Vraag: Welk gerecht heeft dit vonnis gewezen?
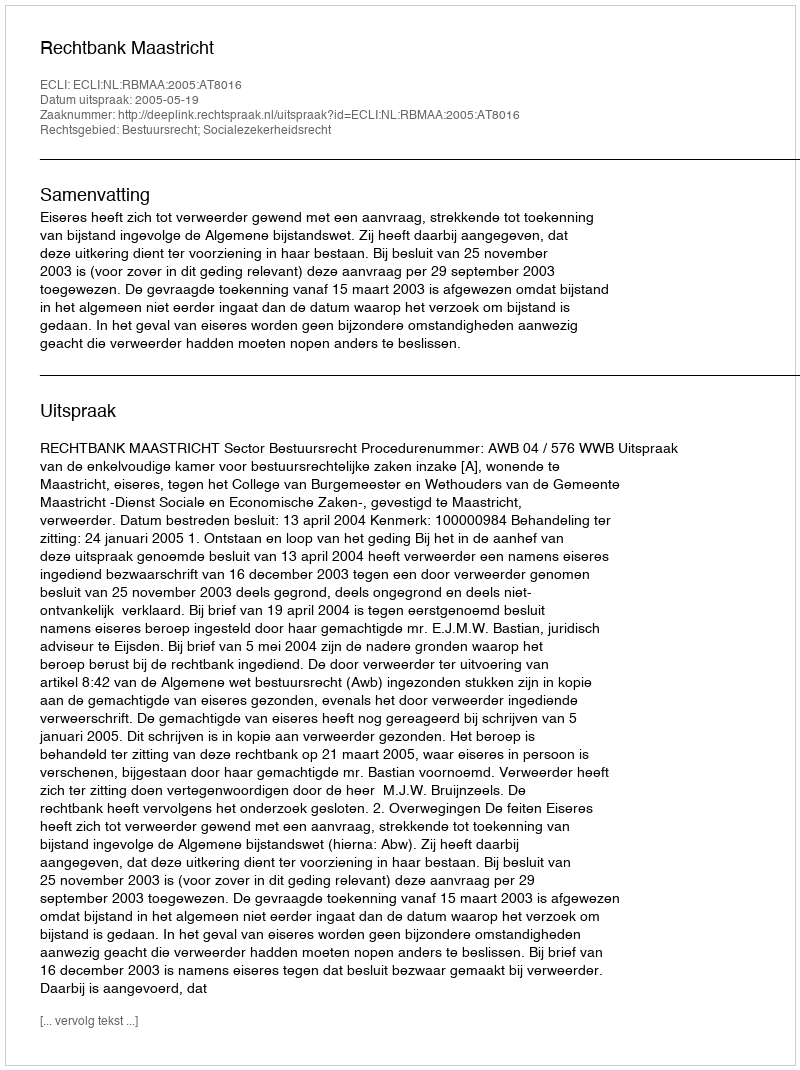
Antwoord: Rechtbank Maastricht